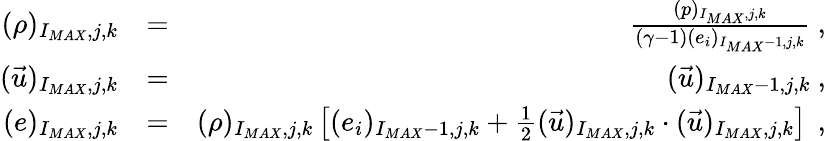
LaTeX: \begin{array}{rlr}{{(\rho)_{I_{MAX},j,k}}}&{{}{=}}&{{\frac{(p)_{I_{MAX},j,k}}{(\gamma-1)(e_{i})_{I_{MAX}-1,j,k}}\mathrm{~,~}}}\\ {{(\vec{u})_{I_{MAX},j,k}}}&{{}{=}}&{{(\vec{u})_{I_{MAX}-1,j,k}\mathrm{~,~}}}\\ {{(e)_{I_{MAX},j,k}}}&{{}{=}}&{{(\rho)_{I_{MAX},j,k}\left[(e_{i})_{I_{MAX}-1,j,k}+\frac{1}{2}(\vec{u})_{I_{MAX},j,k}\cdot(\vec{u})_{I_{MAX},j,k}\right]\, \mathrm{~,~}}}\end{array}